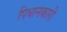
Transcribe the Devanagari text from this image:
पिधानकारी